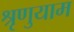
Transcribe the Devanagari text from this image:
श्रृणुयाम